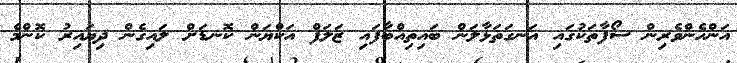
އަންހެންވެރިން ސޯފާތަކުގައި އަނގަތަޅާލަން ބައިތިއްބާފައި ޒަލަފް އަކްޔަން ކޮނޑަށް ލައިގެން ދިޔައިރު ކޮންމެ